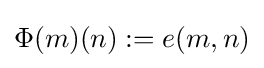
\Phi (m)(n):=e(m,n)